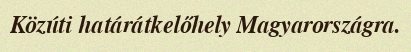
Közúti határátkelőhely Magyarországra.